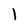
Character: 1